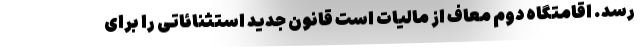
رسد. اقامتگاه دوم معاف از مالیات است قانون جدید استثنائاتی را برای